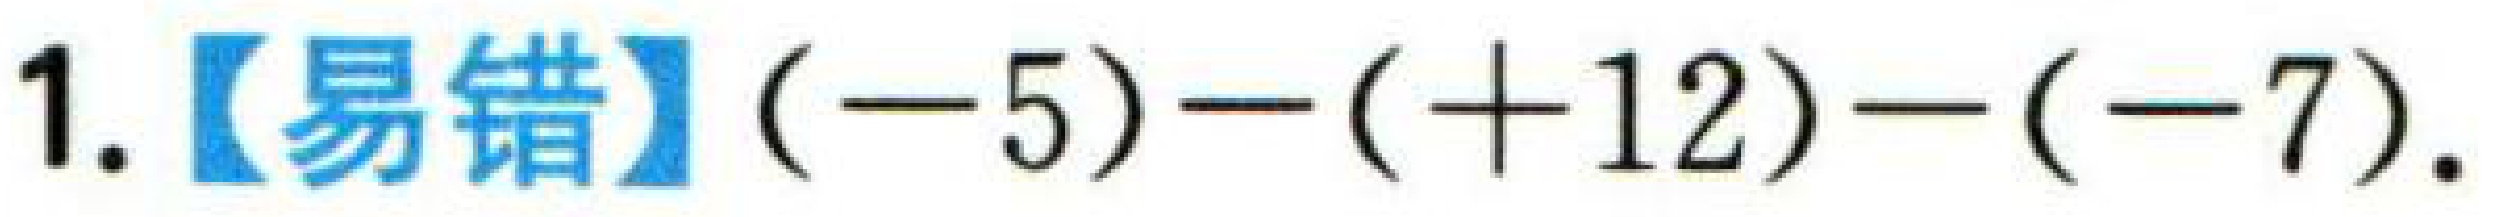
1.【易错】\((-5)-(+12)-(-7)\)．